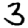
Digit: 3